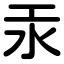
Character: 汞